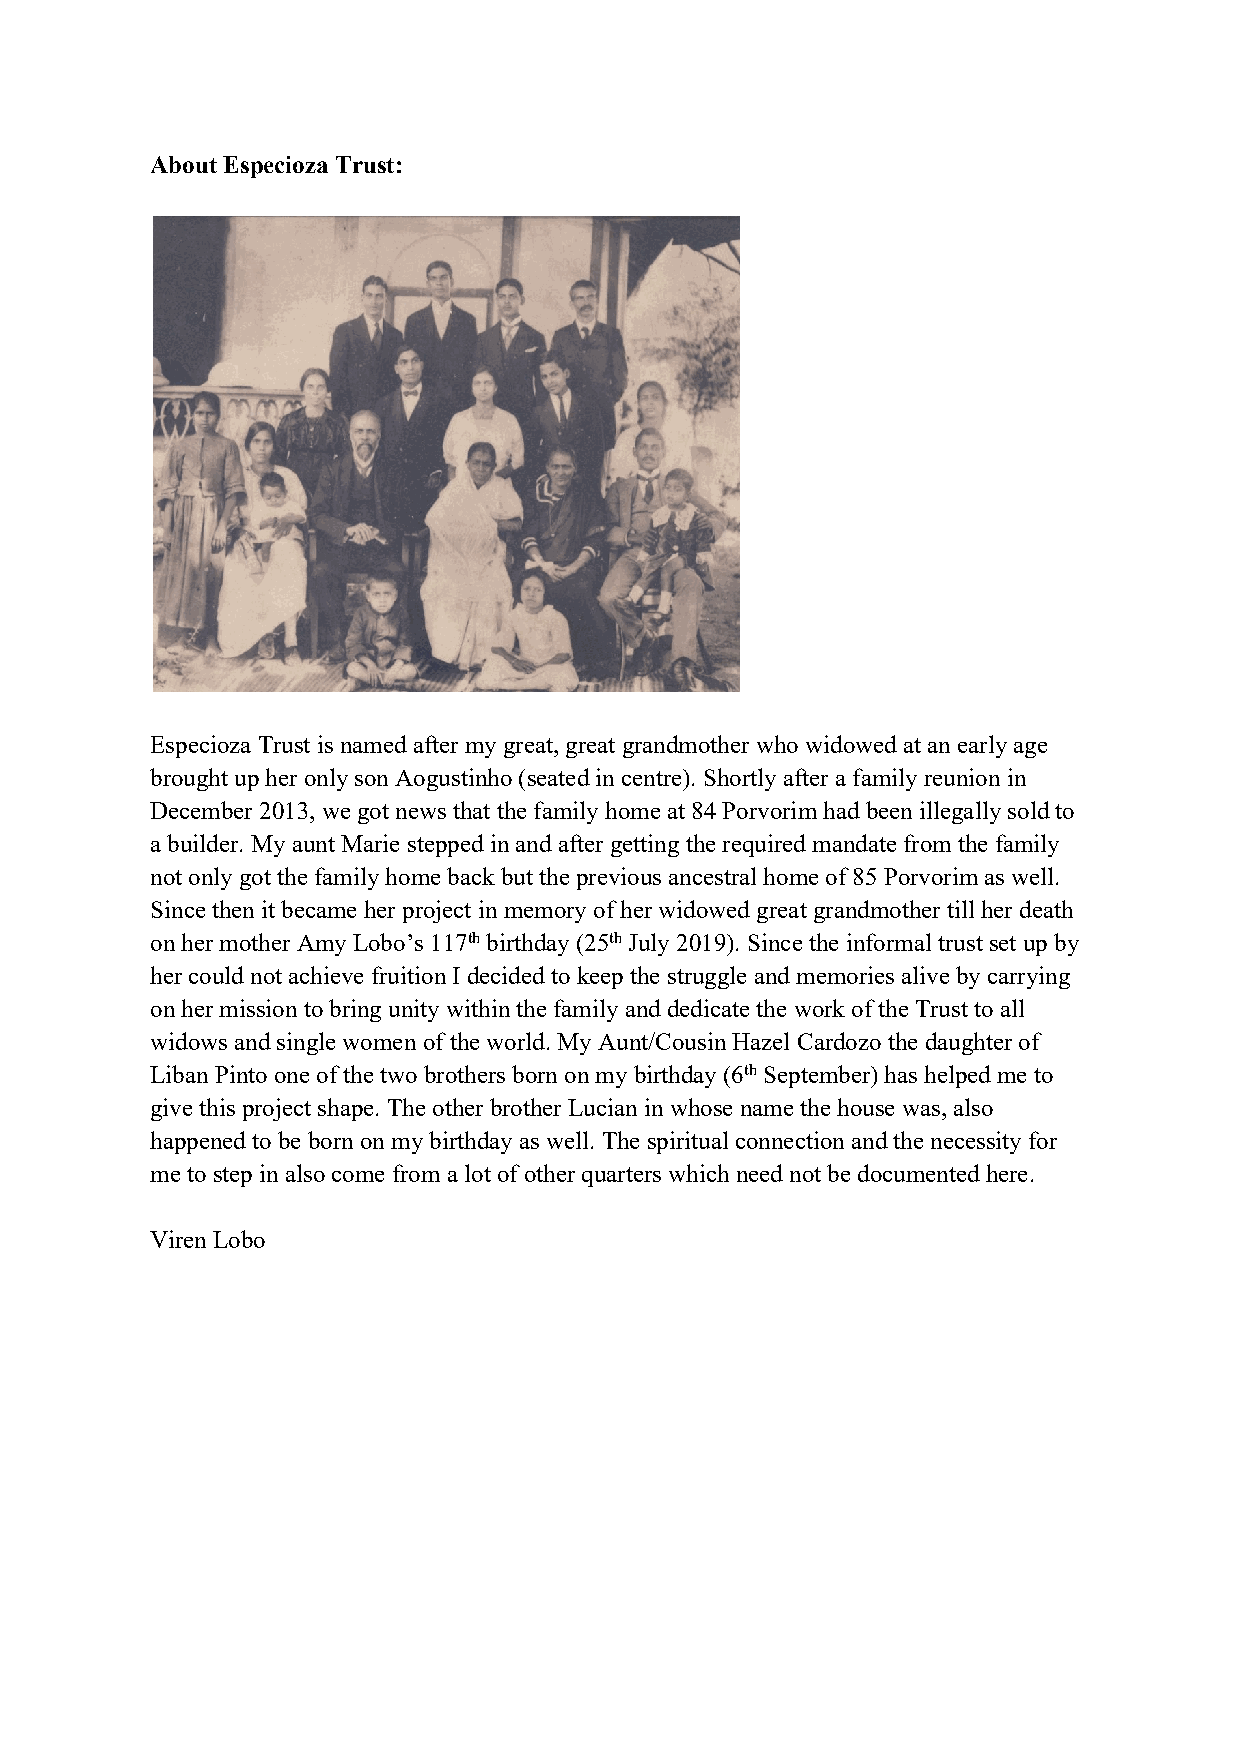
AboutEspecioza Trust:
 EspeciozaTrust is named aftermy great, great grandmother whowidowed at an early age
 brought upher onlyson Aogustinho (seated incentre). Shortly after afamily reunion in
 December 2013,wegot news that thefamily homeat 84Porvorim had been illegally soldto
 abuilder. My aunt Marie stepped inand after getting therequired mandate from thefamily
 notonly got thefamily homeback but theprevious ancestral homeof85Porvorim as well.
 Sincethen it became herproject inmemory of herwidowed great grandmother till her death
 onhermother Amy Lobo’s 117thbirthday (25thJuly2019). Sincetheinformal trustset upby
 hercould notachieve fruitionI decided to keepthe struggle and memories alivebycarrying
 onhermission tobring unity within thefamily and dedicate the work oftheTrust toall
 widows and single women oftheworld. My Aunt/CousinHazel Cardozo the daughterof
 LibanPintoone ofthetwo brothers born onmybirthday (6thSeptember)has helped meto
 give thisproject shape. Theotherbrother Lucian in whosename thehouse was, also
 happenedto bebornonmy birthday as well. Thespiritual connection and thenecessity for
 meto step in also comefrom alotof otherquarters which need notbe documented here.
 Viren Lobo